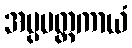
အပ္ပမတ္တကာယံ